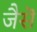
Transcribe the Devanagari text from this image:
जैसॆ